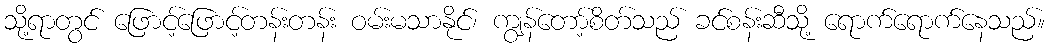
သို့ရာတွင် ဖြောင့်ဖြောင့်တန်းတန်း ဝမ်းမသာနိုင်၊ ကျွန်တော့်စိတ်သည် ခင်စန်းဆီသို့ ရောက်ရောက်နေသည်။